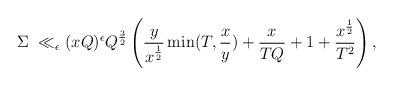
LaTeX: \begin{align*} \Sigma \; &\ll_{\epsilon} (xQ)^{\epsilon}Q^{\frac{3}{2}}\left(\frac{y }{x^{\frac{1}{2}}}\min(T, \frac{x}{y}) + \frac{x}{TQ} + 1 + \frac{x^{\frac{1}{2}}}{T^2}\right), \end{align*}